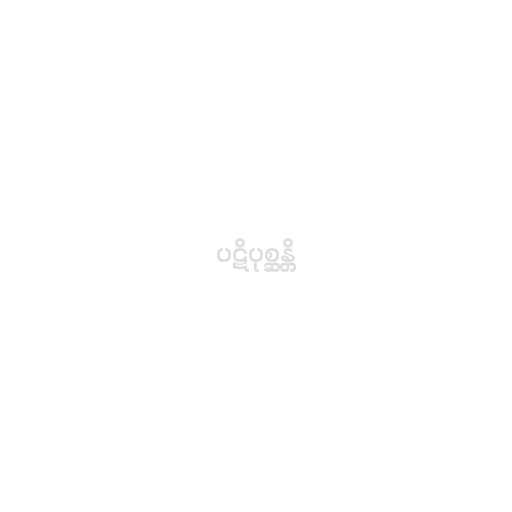
ပဋိပုစ္ဆန္တိ